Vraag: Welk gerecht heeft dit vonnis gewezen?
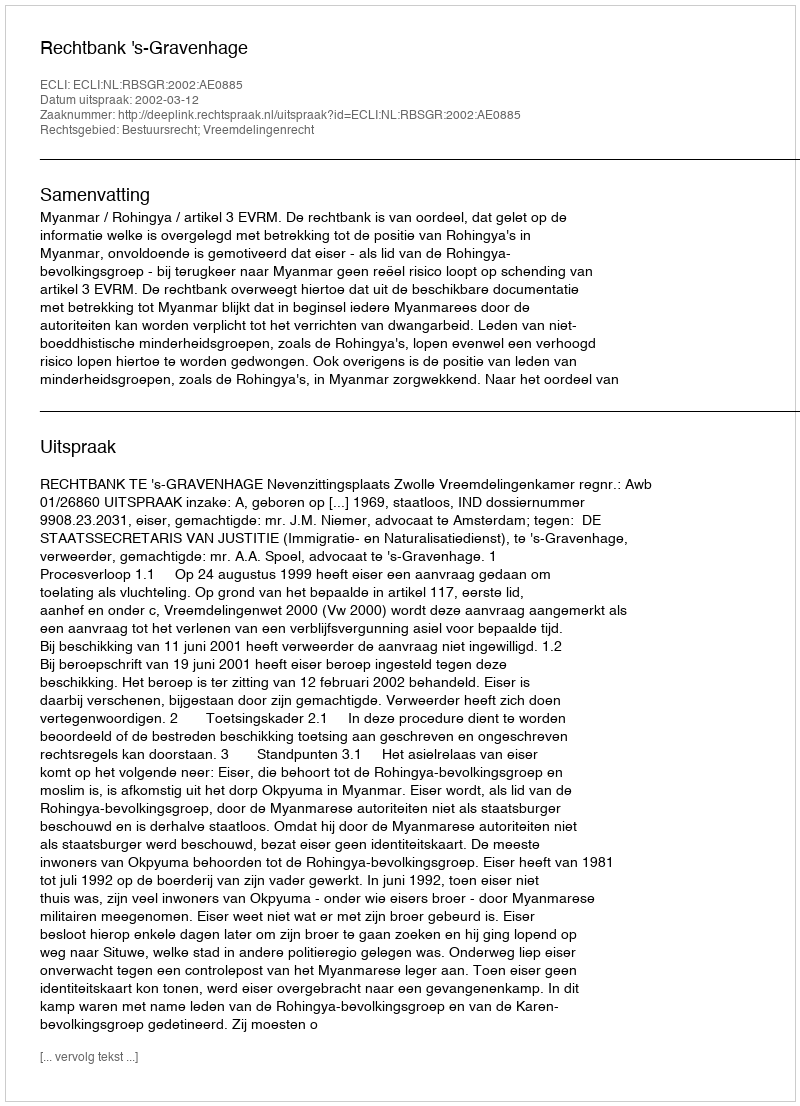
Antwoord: Rechtbank 's-Gravenhage